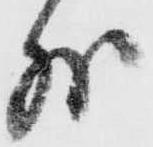
外